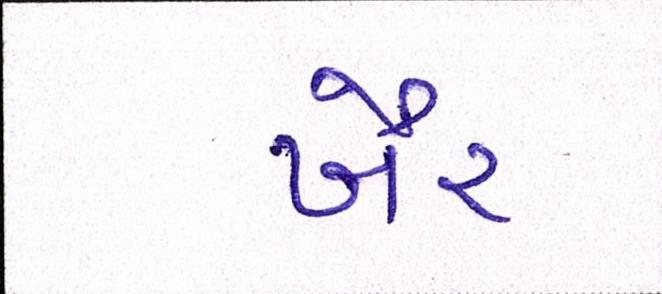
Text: ખૈર